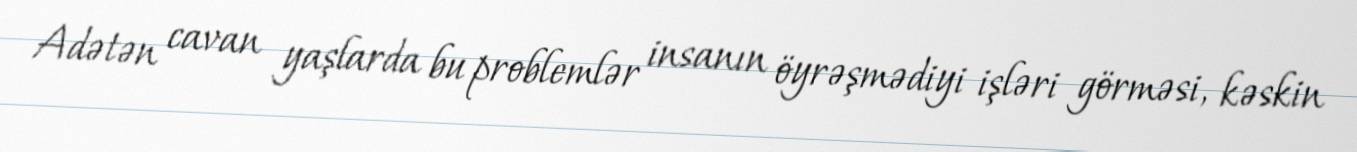
Adətən cavan yaşlarda bu problemlər insanın öyrəşmədiyi işləri görməsi, kəskin